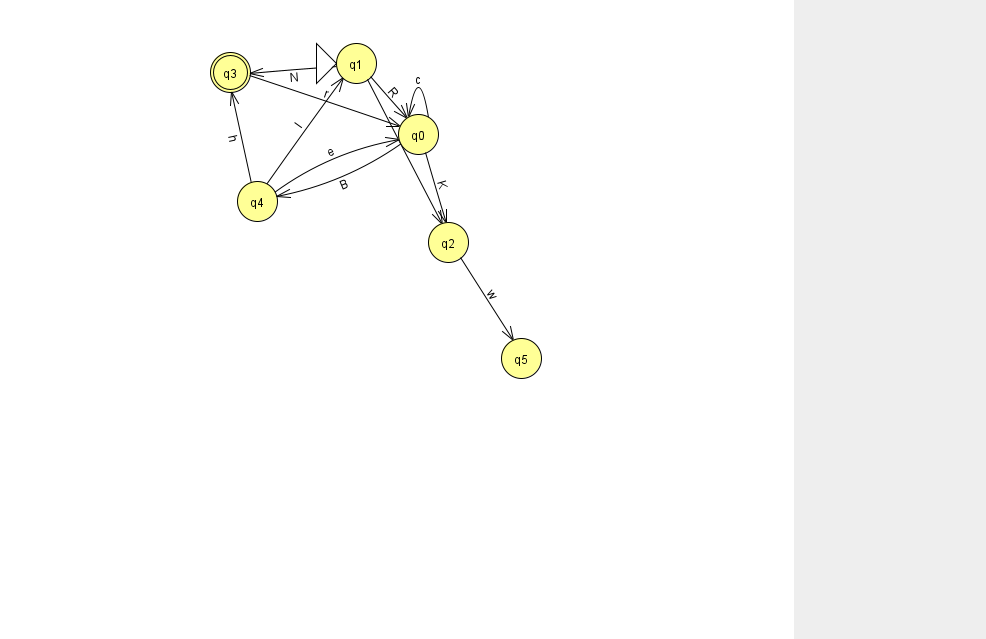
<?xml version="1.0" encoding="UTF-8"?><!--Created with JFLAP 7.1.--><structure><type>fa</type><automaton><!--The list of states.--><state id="0" name="q0"><x>418.0</x><y>121.0</y></state><state id="1" name="q1"><x>356.0</x><y>50.0</y><initial/></state><state id="2" name="q2"><x>448.0</x><y>229.0</y></state><state id="3" name="q3"><x>230.0</x><y>59.0</y><final/></state><state id="4" name="q4"><x>257.0</x><y>188.0</y></state><state id="5" name="q5"><x>521.0</x><y>345.0</y></state><!--The list of transitions.--><transition><from>1</from><to>3</to><read>N</read></transition><transition><from>3</from><to>0</to><read>r</read></transition><transition><from>0</from><to>0</to><read>c</read></transition><transition><from>0</from><to>2</to><read>K</read></transition><transition><from>4</from><to>3</to><read>h</read></transition><transition><from>4</from><to>0</to><read>e</read></transition><transition><from>2</from><to>5</to><read>w</read></transition><transition><from>1</from><to>2</to><read>y</read></transition><transition><from>4</from><to>1</to><read>l</read></transition><transition><from>1</from><to>0</to><read>R</read></transition><transition><from>0</from><to>4</to><read>B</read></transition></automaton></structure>